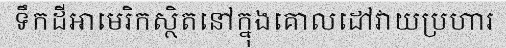
ទឹកដីអាមេរិកស្ថិតនៅក្នុងគោលដៅវាយប្រហារ